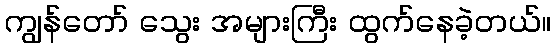
ကျွန်တော် သွေး အများကြီး ထွက်နေခဲ့တယ်။